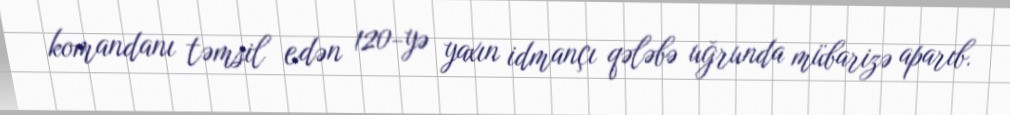
komandanı təmsil edən 120-yə yaxın idmançı qələbə uğrunda mübarizə aparıb.